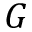
G